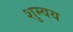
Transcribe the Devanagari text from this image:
शुम्वय